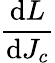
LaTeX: \frac{\mathrm{d}L}{\mathrm{d}J_{c}}